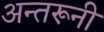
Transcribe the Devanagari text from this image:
अन्तरूनी